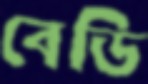
বেডি